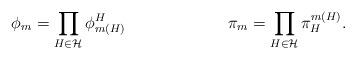
LaTeX: \begin{align*}\phi_m & = \prod_{H\in\mathcal{H}} \phi^H_{m(H)} &\pi_m & = \prod_{H\in\mathcal{H}} \pi_H^{m(H)}.\end{align*}